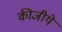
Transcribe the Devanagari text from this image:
कीजीये